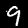
Digit: 9